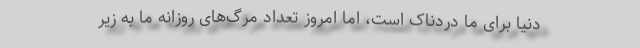
دنیا برای ما دردناک است، اما امروز تعداد مرگ‌های روزانه ما به زیر